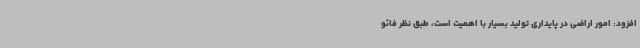
افزود: امور اراضی در پایداری تولید بسیار با اهمیت است، طبق نظر فائو